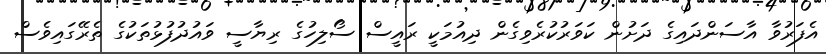
އެފަރުވާ އާސަންދައިގެ ދަށުން ކަވަރުކުރެވިގެން ދިއުމަކީ ރައީސް ސޯލިހުގެ ރިޔާސީ ވައުދުފުޅުތަކުގެ ތެރޭގައިވެސް